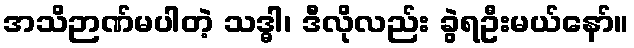
အသိဉာဏ်မပါတဲ့ သဒ္ဓါ၊ ဒီလိုလည်း ခွဲရဦးမယ်နော်။